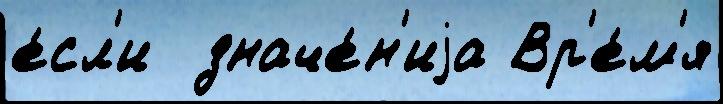
е́сл'и  значе́н'иjа Вр'е́м'я